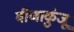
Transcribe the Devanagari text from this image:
वीणाकुंजू